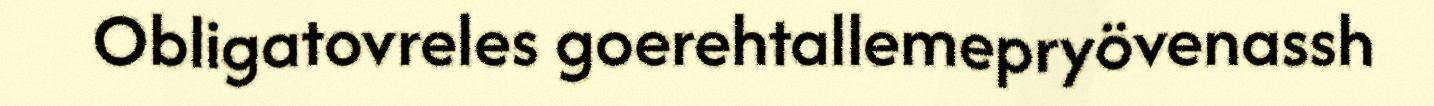
Obligatovreles goerehtallemepryövenassh